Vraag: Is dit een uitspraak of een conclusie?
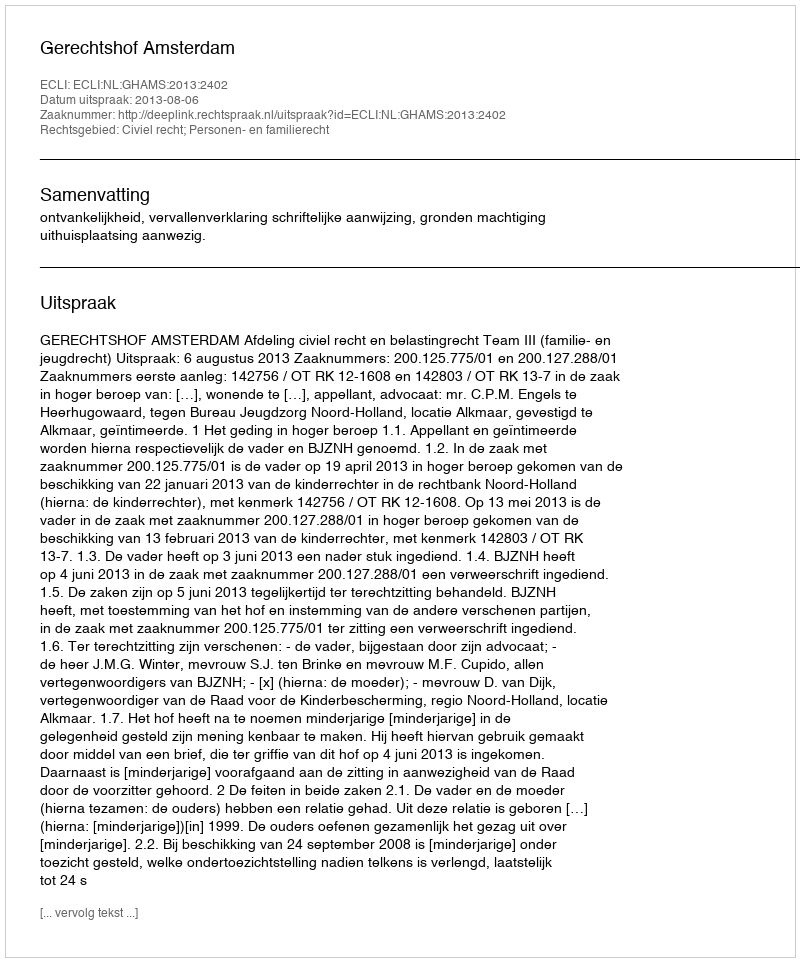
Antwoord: Uitspraak